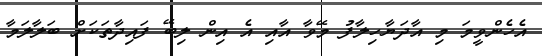
އެހެންވީމަ މި އާދަޔާހިލާފު މޭވާ އާއި އެ އިން ލިބޭ ފައިދާތަކަށް ބަލާލަމާ